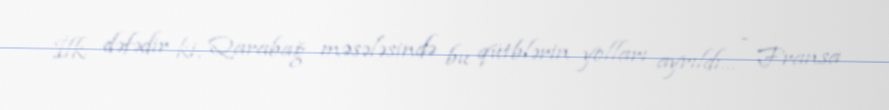
İlk dəfədir ki, Qarabağ məsələsində bu qütblərin yolları ayrıldı... - Fransa